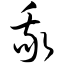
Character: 我